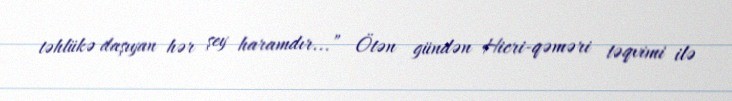
təhlükə daşıyan hər şey haramdır...” Ötən gündən Hicri-qəməri təqvimi ilə